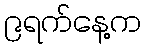
၉ရက်နေ့က